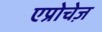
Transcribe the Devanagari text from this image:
एप्रोचेज़